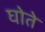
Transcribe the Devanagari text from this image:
घोते